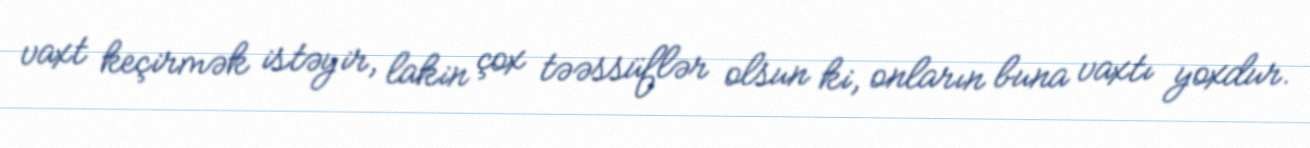
vaxt keçirmək istəyir, lakin çox təəssüflər olsun ki, onların buna vaxtı yoxdur.